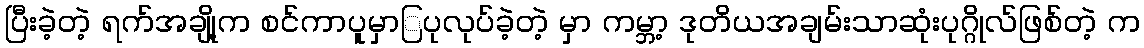
ပြီးခဲ့တဲ့ ရက်အချို့က စင်ကာပူမှာြပုလုပ်ခဲ့တဲ့ မှာ ကမ္ဘာ့ ဒုတိယအချမ်းသာဆုံးပုဂ္ဂိုလ်ဖြစ်တဲ့ က